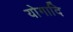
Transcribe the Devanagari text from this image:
योगादि